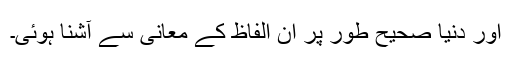
اور دنیا صحیح طور پر ان الفاظ کے معانی سے آشنا ہوئی۔